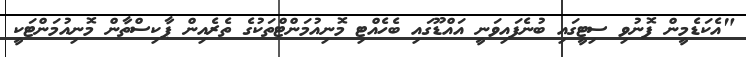
"އެކަޑެމީން ފޮނުވި ސިޓީގައި ބުނެފައިވަނީ އައްޑޫގައި ބެހެއްޓި މޮނިއުމަންޓްތަކުގެ ތެރެއިން ޕާކިސްތާން މޮނިއުމަންޓަކީ